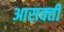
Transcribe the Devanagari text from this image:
आसक्‍ती